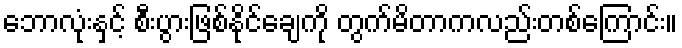
ဘောလုံးနှင့် စီးပွားဖြစ်နိုင်ချေကို တွက်မိတာကလည်းတစ်ကြောင်း။